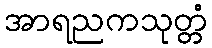
အာရညကသုတ္တံ